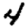
Digit: 4